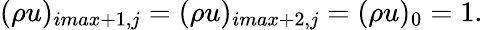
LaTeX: (\rho u)_{imax+1,j}=(\rho u)_{imax+2,j}=(\rho u)_{0}=1.